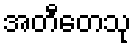
အတီတေသု